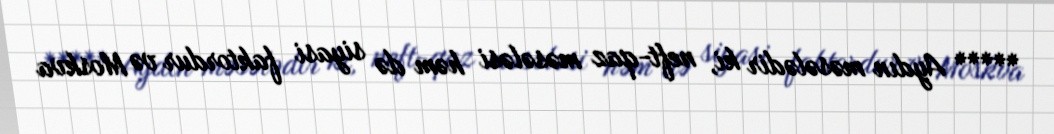
***** Aydın məsələdir ki, neft-qaz məsələsi həm də siyasi faktordur və Moskva